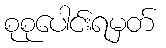
စုစုပေါင်းရမှတ်